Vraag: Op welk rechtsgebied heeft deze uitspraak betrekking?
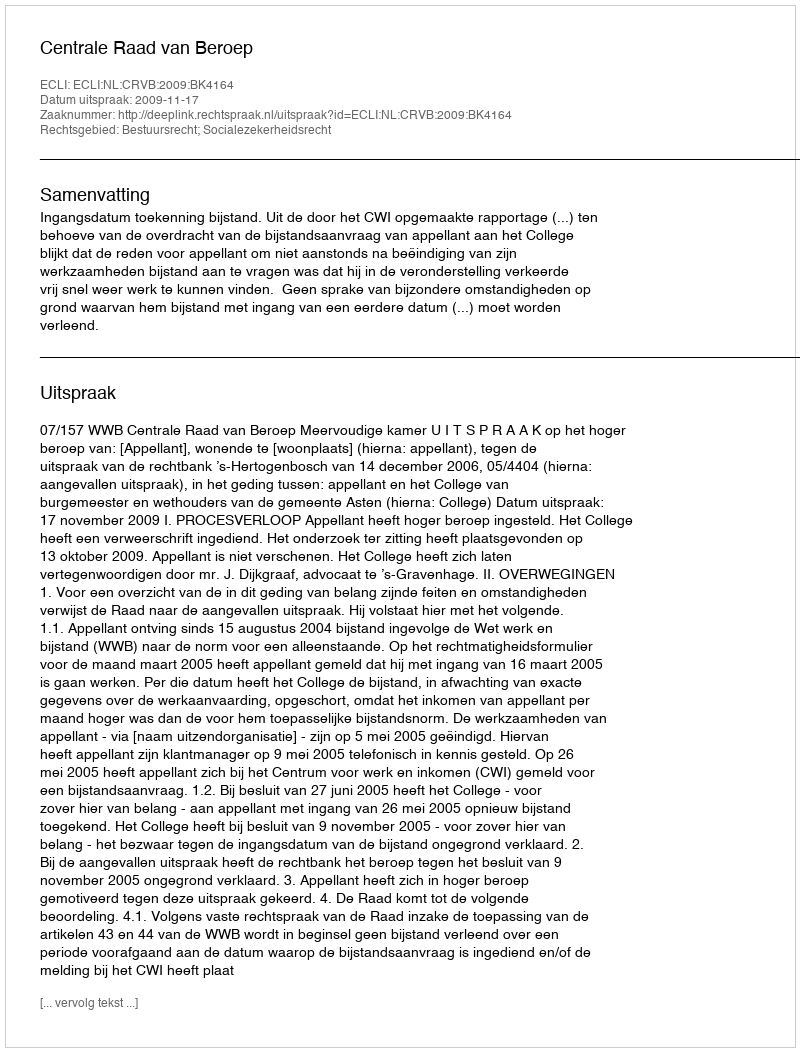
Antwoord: Bestuursrecht; Socialezekerheidsrecht